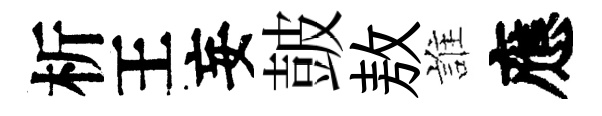
析王妄皷敖誰應